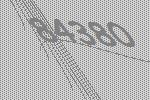
84380